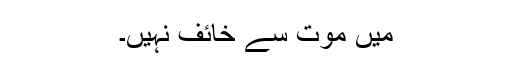
میں موت سے خائف نہیں۔